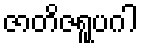
ဇာတိဇရူပဂါ